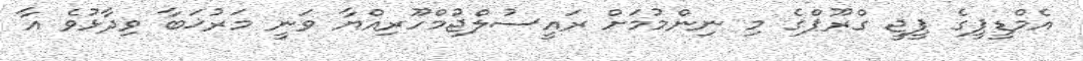
އެމްޑީޕީގެ ޕީޖީ ގްރޫޕްގެ މި ނިންމުމަށް ރައީސުލްޖުމްހޫރިއްޔާ ވަނީ މަރުޚަބާ ވިދާޅުވެ އާ